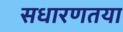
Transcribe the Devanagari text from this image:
सधारणतया